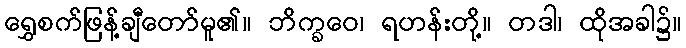
ရွှေစက်ဖြန့်ချီတော်မူ၏။ ဘိက္ခဝေ၊ ရဟန်းတို့။ တဒါ၊ ထိုအခါ၌။